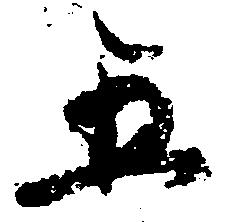
五